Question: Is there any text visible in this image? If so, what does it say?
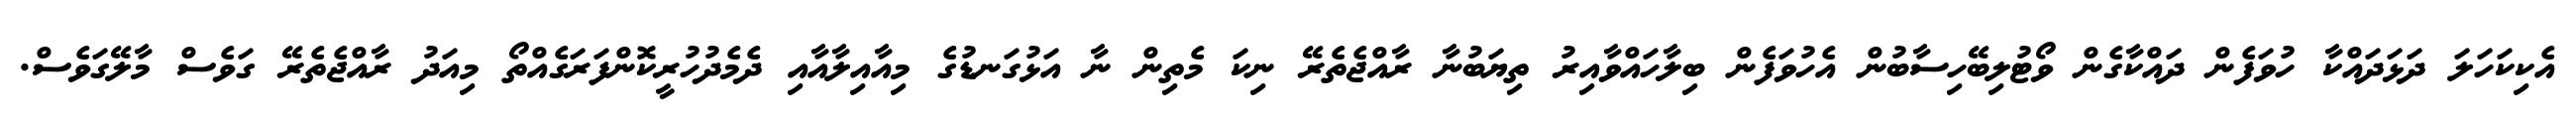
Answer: އެކިކަހަލަ ދަޅަދައްކާ ހުވަފެން ދައްކާގެން ވޯޓުލިބޭހިސާބުން އެހުވަފެން ބިލާހައްވާއިރު ތިޔަބުނާ ރާއްޖެތެރޭ ނިކަ މެތިން ނާ އަޅުގަނޑުގެ މިއާއިލާއާއި ދެމެދުހުރީކޮންފަރަގެއްތޯ މިއަދު ރާއްޖެތެރޭ ގަވެސް މާލޭގަވެސް.